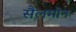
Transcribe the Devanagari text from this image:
सैलमोन